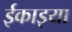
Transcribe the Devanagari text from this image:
ईकाइया